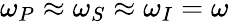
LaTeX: \omega_{P}\approx\omega_{S}\approx\omega_{I}=\omega